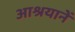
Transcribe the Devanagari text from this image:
आश्रयानें